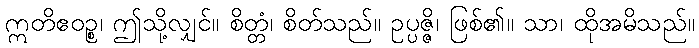
ဣတိဧဝဉ္စ၊ ဤသို့လျှင်။ စိတ္တံ၊ စိတ်သည်။ ဥပ္ပဇ္ဇိ၊ ဖြစ်၏။ သာ၊ ထိုအမိသည်။